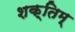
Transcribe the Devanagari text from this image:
शक्तिम्‌